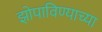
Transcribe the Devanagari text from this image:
झोपाविण्याच्या